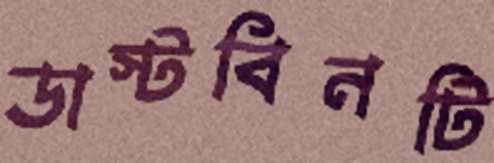
ডাস্টবিনটি